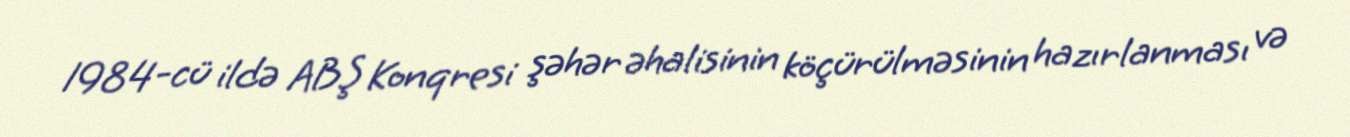
1984-cü ildə ABŞ Konqresi şəhər əhalisinin köçürülməsinin hazırlanması və